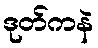
ဒုတ်ကနဲ